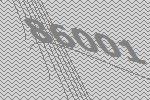
86001